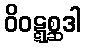
ဝိဝဋ္ဋစ္ဆဒါ